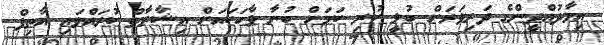
އިމާދުއްދީންގެ ދަރިވަރަށް ބުލީ ކުރި ކަމަށް ބުނާ ވާހަކައަށް އިޝާރާތް ކުރައްވައި އާތިފް